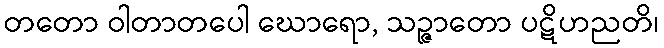
တတော ဝါတာတပေါ ဃောရော, သဉ္ဇာတော ပဋိဟညတိ၊